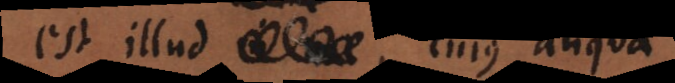
est illud, cujus aliqua